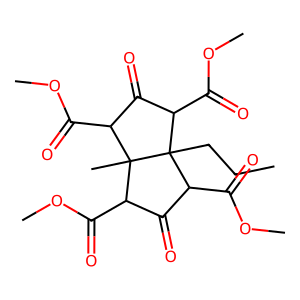
SMILES: CCCC12C(C(=O)OC)C(=O)C(C(=O)OC)C1(C)C(C(=O)OC)C(=O)C2C(=O)OC
Inhibits HIV replication: No